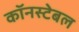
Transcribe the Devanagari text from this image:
कॉनस्टेबल